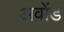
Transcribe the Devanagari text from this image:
अवोंड